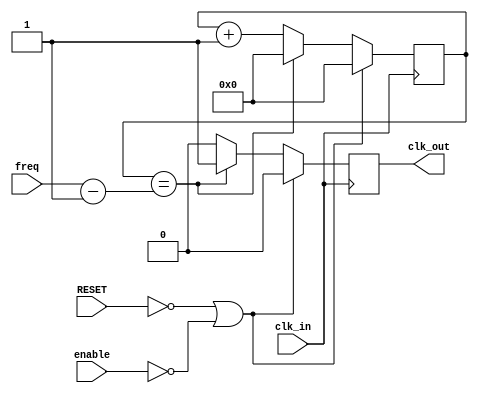
`timescale 1ns / 1ps

module divM(
    input wire clk_in, enable,
    input wire RESET,
    input wire [31:0] freq,
    output reg clk_out);

    //-- Valor por defecto del divisor
    //-- Como en la iCEstick el reloj es de 12MHz, ponermos un valor de 12M
    //-- para obtener una frecuencia de salida de 1Hz

    //assign M = freq;
    // M = 12_000_000;

    //-- Numero de bits para almacenar el divisor
    //-- Se calculan con la funcion de verilog $clog2, que nos devuelve el 
    //-- numero de bits necesarios para representar el numero M
    //-- Es un parametro local, que no se puede modificar al instanciar
    localparam N = 32;

    //-- Registro para implementar el contador modulo M
    reg [N-1:0] divcounter = 0;

    //-- M module counter
    always @(posedge clk_in)
        if (!RESET || !enable)
        begin
            divcounter = 32'b0;
            clk_out    =  1'b0;
        end else if (divcounter == freq - 1) begin
            divcounter = 32'b0;
            clk_out    =  1'b1;
        end else begin
            divcounter = divcounter + 1;
            clk_out    = 0; 
        end

endmodule

module Count(
    input clk_in, enable,
    input wire [31:0]freq,
    input wire [31:0] Max_count,
    input RESET,
    output reg Ready_count,
    output wire [31:0] Count_out
    );

    wire clk;
    reg [31:0] Max_count_int, freq_int;
    reg enable_int,Ready_count_int    ;
    
    divM instance_name (
    .clk_in(clk_in),
     .enable(enable_int),
     .freq(freq_int),
     .RESET(RESET),
     .clk_out(clk)
    );
    
    localparam N = 32;
    reg b;wire c;    
    always @(posedge clk_in)
        if (!RESET)    begin
            enable_int   = 0;
            Ready_count  = 1'b0;
        end else if (enable) begin
            enable_int   = 1;
            Ready_count  = 1'b0;
            b            = 1'b1;
        end    else if (Ready_count_int) begin
            enable_int   = 0; 
            b  =  1'b0;
            Ready_count = c;
        end    else begin
            Ready_count = c;
        end
            
    assign c = b? Ready_count_int:1'b0;
      always @(posedge clk_in)
      if (!RESET)
        begin
            Max_count_int = 32'b0;
            freq_int      = 32'b0;
        end    else if (enable_int) begin
            Max_count_int = Max_count;
            freq_int      = freq;
        end    else begin
            Max_count_int = 32'b0;
            freq_int      = 32'b0;
        end

  
    reg [N-1:0] divcounter = 0;

    //-- M module counter
    always @(posedge clk_in)
        if (!RESET ) begin
            divcounter = 32'b0;
            Ready_count_int   = 1'b0;
        end else if (clk && enable_int) begin
            if (divcounter == Max_count_int ) begin
                divcounter =32'b0;
                Ready_count_int   = 1'b1;
            end else begin
                divcounter = divcounter + 1;
                Ready_count_int   = 1'b0; 
            end
        end
      assign Count_out = divcounter;
endmodule

module IRQ(
    input rst,clk,savepc,en,
    input [11:0] instr,
    input [31:0] rs1, rs2, inirr, pc, imm,
    output [31:0] rd, addrm, outirr, pc_irq, pc_c, // pc_c es el pc en dnde se estaba antes de la irr, a donde hay q volver una vez finalice la(s) irr
    output flag
    );

    reg flag_q,irr_tisirr,enable,irr_ebreak;
    wire any_inirr,any_regirr,rs1_chg,act_irr,flag_ind,imm_chg,R_C;
    wire [31:0] ss2,erased_irrstate,irrstate,C_O,irr_toerase;
    reg [31:0] regirr,pc_c_q,addrm_q,true_irrstate,m6,rs1t,immt,timer_count,timer_max_count,div_freq,q,irrstate_rd,pc_irq_reg,rd1;
    reg [8:0] instr_sel;
    
    wire is_ebreak;
    wire is_addrms;
    wire is_addrme;
    wire is_tisirr;
    wire is_irrstate;
    wire is_clraddrm;
    wire is_clrirq;
    wire is_retirq;
    wire is_addpcirq;
    
    ////////////////////////////////////////////////////////////.
    // ** Interruption generation
    assign any_inirr = inirr ? 1:0;
    
    always@(posedge clk) // ebreak interrupt
        if (!rst) irr_ebreak=0;
        else if (is_ebreak) irr_ebreak=1;
        else irr_ebreak=0;
    
    always@(posedge clk) // timer interrupt
        if(!rst) begin 
            enable=0; 
            irr_tisirr=0; 
            timer_count=0; 
            div_freq=0; 
            timer_max_count=0; 
        end else if (is_tisirr) begin 
            enable=1; 
            irr_tisirr=0; 
            timer_count=0; 
            div_freq=rs1; 
            timer_max_count=rs2; 
        end    else begin
            enable=0; 
            irr_tisirr=R_C; 
            timer_count=C_O;     // Basically is not used
            div_freq=0; 
            timer_max_count=0; 
        end
    Count timer_counter (
        .clk_in(clk), 
        .enable(enable), 
        .freq(div_freq), 
        .Max_count(timer_max_count), 
        .RESET(rst), 
        .Ready_count(R_C), 
        .Count_out(C_O)
        );

    always@(posedge clk)
        if(!rst) regirr=0;
        else regirr={inirr[31:2],irr_tisirr,irr_ebreak};
        
    assign any_regirr = regirr ? 1:0;
    
    ////////////////////////////////////////////////////////////
    // ** Interrupt erasing and flagging
        
    // irr_toerase assign, this is the interrupt indicated to be erased via 'is_clrirq'
    assign irr_toerase=rs1|imm;
    assign erased_irrstate = (~irr_toerase)&true_irrstate;
    
    // Update new irrstate
    always@(posedge clk)
        if(!rst) true_irrstate<=0;
        else if(is_clrirq) true_irrstate <= erased_irrstate;
        else true_irrstate <= regirr | true_irrstate;
        
    assign irrstate = true_irrstate;
    
    // Acknoledge generation
    always@(posedge clk)
        if (!rst) q<=0;
        else if (is_clrirq) q<=irr_toerase&true_irrstate;
        else q<=0;
    assign outirr=q;
        
    // Flag generation
    assign act_irr = irrstate? 0:1;         // Active irr indicator
    assign flag_ind= act_irr & is_retirq;     // Flag indicator    
    always@(posedge clk)                     // Flag
        if(!rst) flag_q=0;
        else if(any_inirr) flag_q=1;
        else if (flag_ind) flag_q=0;
        else flag_q=flag_q; 
    assign flag=flag_q;
    
    ////////////////////////////////////////////////////////////
    // ** Instruction Selector
    always @* 
        case({instr,en})
            13'b0000001110011: begin instr_sel = 9'b000000001;     rd1=0;          end     //EBREAK 0 
            13'b0000100110001: begin instr_sel = 9'b000000010;     rd1=0;          end     //ADDRMS 1 
             13'b0001000110001: begin instr_sel = 9'b000000100;     rd1=addrm_q;     end      //ADDRME 2
            13'b0001100110001: begin instr_sel = 9'b000001000;     rd1=0;          end      //TISIRR 3 
            13'b0010000110001: begin instr_sel = 9'b000010000;     rd1=irrstate_rd;end      //IRRSTATE 4
            13'b0010100110001: begin instr_sel = 9'b000100000;     rd1=0;          end      //CLRADDRM 5
            13'b0011000110001: begin instr_sel = 9'b001000000;     rd1=0;          end      //CLRIRQ 6
            13'b0011100110001: begin instr_sel = 9'b010000000;     rd1=0;          end      //RETIRQ 7
            13'b0000000110001: begin instr_sel = 9'b100000000;     rd1=0;          end      //ADDPCIRQ 8
            default          : begin instr_sel = 9'b000000000;     rd1={32{1'bz}};    end
        endcase
    assign is_ebreak   = instr_sel[0];
    assign is_addrms   = instr_sel[1];
    assign is_addrme   = instr_sel[2];
    assign is_tisirr   = instr_sel[3];
    assign is_irrstate = instr_sel[4];
    assign is_clraddrm = instr_sel[5];
    assign is_clrirq   = instr_sel[6];
    assign is_retirq   = instr_sel[7];
    assign is_addpcirq = instr_sel[8];
    
    assign rd=rd1;
        
    /////////////////////////////////////////////////////////////
    // ** Instruction - dedicated registers
    always@(posedge clk) // pc_irq with addpcirq
        if(!rst) pc_irq_reg=0;
        else if (is_addpcirq) pc_irq_reg=rs1+imm;
        else pc_irq_reg=pc_irq_reg; 
    assign pc_irq=pc_irq_reg;
    
    always@(posedge clk) // irrstate out (rd)
        if (!rst) irrstate_rd=0;
        else if (is_irrstate) irrstate_rd=irrstate;
        else irrstate_rd=irrstate_rd;    
    
    always@(posedge clk) // Stores accord to instruction in 'addrm' and erases it
        if(!rst) addrm_q=0;
        else if (is_addrms)addrm_q=rs1;    // for addrms
        else if (is_clraddrm)addrm_q=0;    // for clraddrm
        else addrm_q=addrm_q;
    assign addrm=addrm_q;
    
    always@(posedge clk)    // Not an instruction, this is backup pc when there is an interrupt
        if(!rst) pc_c_q=0;
        else if(savepc) pc_c_q=pc;
        else pc_c_q=pc_c_q;
    assign pc_c=pc_c_q;
    
endmodule